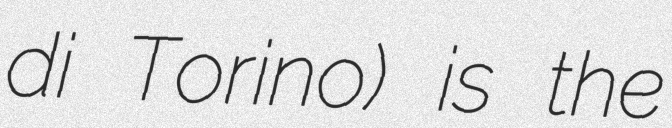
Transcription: di Torino) is the